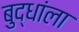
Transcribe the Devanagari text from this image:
बुद्धांला